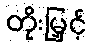
တိုးမြှင့်